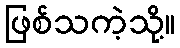
ဖြစ်သကဲ့သို့။